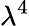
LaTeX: \lambda^{4}